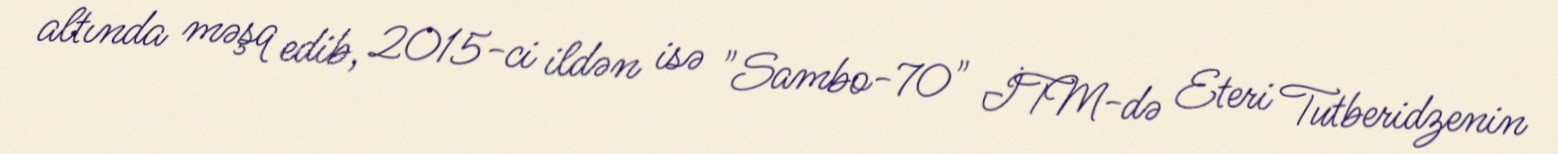
altında məşq edib, 2015-ci ildən isə "Sambo-70" İTM-də Eteri Tutberidzenin